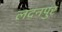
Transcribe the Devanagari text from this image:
लदनपुर